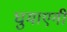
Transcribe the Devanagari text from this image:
घुमाएगी